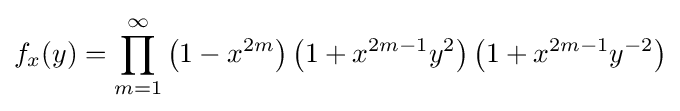
f_{x}(y)=\prod _{m=1}^{\infty }\left(1-x^{2m}\right)\left(1+x^{2m-1}y^{2}\right)\left(1+x^{2m-1}y^{-2}\right)